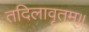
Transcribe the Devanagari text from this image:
तदिलावृतम्॥